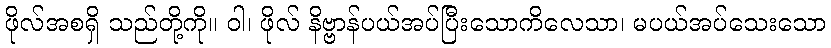
ဖိုလ်အစရှိ သည်တို့ကို။ ဝါ၊ ဖိုလ် နိဗ္ဗာန်ပယ်အပ်ပြီးသောကိလေသာ၊ မပယ်အပ်သေးသော